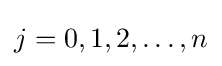
j=0,1,2,\dots ,n